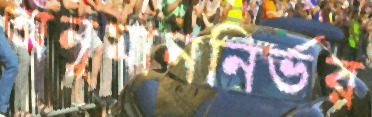
অনুমাননির্ভর